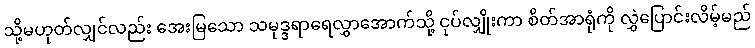
သို့မဟုတ်လျှင်လည်း အေးမြသော သမုဒ္ဒရာရေလွှာအောက်သို့ ငုပ်လျှိုးကာ စိတ်အာရုံကို လွှဲပြောင်းလိမ့်မည်